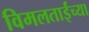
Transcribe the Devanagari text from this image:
विमलताईंच्या